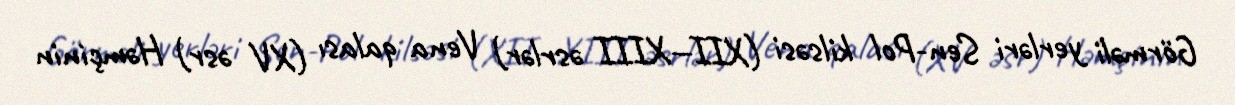
Görməli yerləri Sen-Pol kilsəsi (XII—XIII əsrlər) Vena qalası (XV əsr) Həmçinin